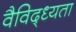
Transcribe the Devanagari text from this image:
वैविद्ध्यता